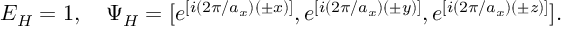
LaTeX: E _ { H } = 1 \mathrm { , ~ \ \ } \Psi _ { H } = [ e ^ { [ i ( 2 \pi / a _ { x } ) ( \pm x ) ] } , e ^ { [ i ( 2 \pi / a _ { x } ) ( \pm y ) ] } , e ^ { [ i ( 2 \pi / a _ { x } ) ( \pm z ) ] } ] \mathrm { . }